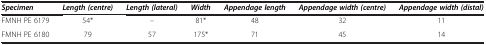
| Specimen | Length (centre) | Length (lateral) | Width | Appendage length | Appendage width (centre) | Appendage width (distal) |
 | --- | --- | --- | --- | --- | --- | --- |
 | FMNH PE 6179 | 54* | – | 81* | 48 | 32 | 11 |
 | FMNH PE 6180 | 79 | 57 | 175* | 71 | 45 | 14 |